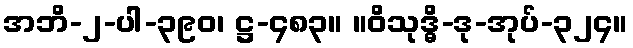
အဘိ-၂-ပါ-၃၉၀၊ ဋ္ဌ-၄၈၃။ ။ဝိသုဒ္ဓိ-ဒု-အုပ်-၃၂၄။